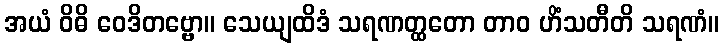
အယံ ဝိဓိ ဝေဒိတဗ္ဗော။ သေယျထိဒံ သရဏတ္ထတော တာဝ ဟိံသတီတိ သရဏံ။